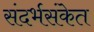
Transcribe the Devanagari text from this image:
संदर्भसंकेत